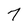
Character: 7